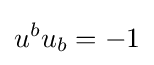
u^{b}u_{b}=-1